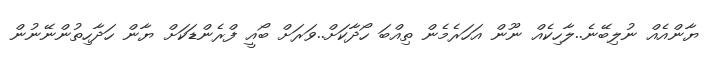
ޔާންއެއް ނުލިބޭނެ..ލާހިކެއް ނޫން އަހަރެމެން ތިއްބަ ހޯދާކަށް..ވަރަށް ބޯއީ ފްރެންޑަކަށް ޔާން ހަދާހިތުންނޭނުން